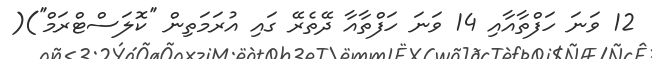
12 ވަނަ ހަފްތާއާއި 14 ވަނަ ހަފްތާއާ ދޭތެރޭ ގައި އުރަމަތިން ''ކޮލަސްޓްރަމް'')(